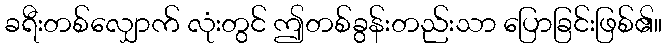
ခရီးတစ်လျှောက် လုံးတွင် ဤတစ်ခွန်းတည်းသာ ပြောခြင်းဖြစ်၏။